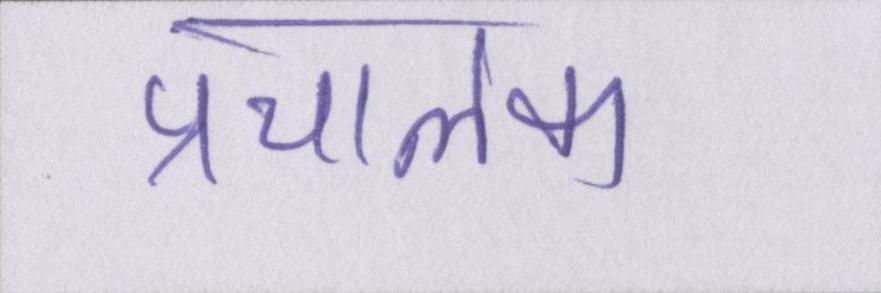
प्रचालक